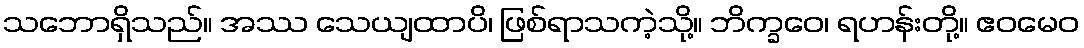
သဘောရှိသည်။ အဿ သေယျထာပိ၊ ဖြစ်ရာသကဲ့သို့။ ဘိက္ခဝေ၊ ရဟန်းတို့။ ဧဝမေဝ